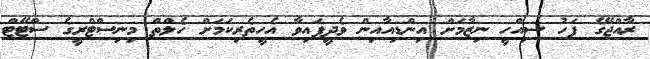
ރާއްޖޭގެ ފަހު ސިއްހީ ނިޒާމަށް އިންޑިއާއިން ވެދީފައިވާ އެހީތެރިކަމަށް ހެލްތް މިނިސްޓްރީގެ ސްޓޭޓް